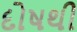
દોષથી